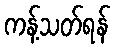
ကန့်သတ်ရန်